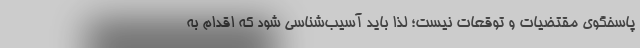
پاسخگوی مقتضیات و توقعات نیست؛ لذا باید آسیب‌شناسی شود که اقدام به